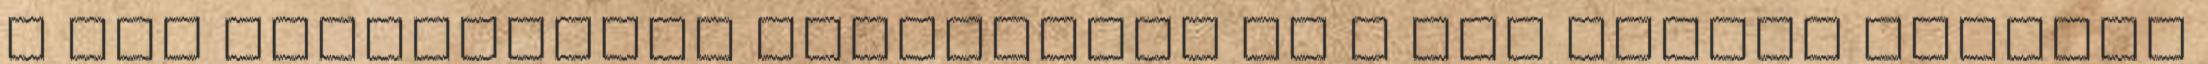
A CSR tevékenység ismertsége és a cég imázsa közötti